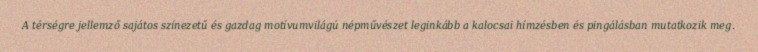
A térségre jellemző sajátos színezetű és gazdag motívumvilágú népművészet leginkább a kalocsai hímzésben és pingálásban mutatkozik meg.